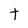
Character: t